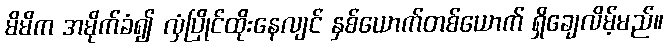
မိမိက အမိုက်ခံ၍ လှံပြိုင်ထိုးနေလျင် နှစ်ယောက်တစ်ယောက် ရှိချေလိမ့်မည်။